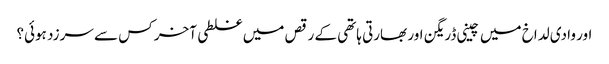
اور وادی لداخ میں چینی ڈریگن اور بھارتی ہاتھی کے رقص میں غلطی آخر کس سے سرزد ہوئی؟